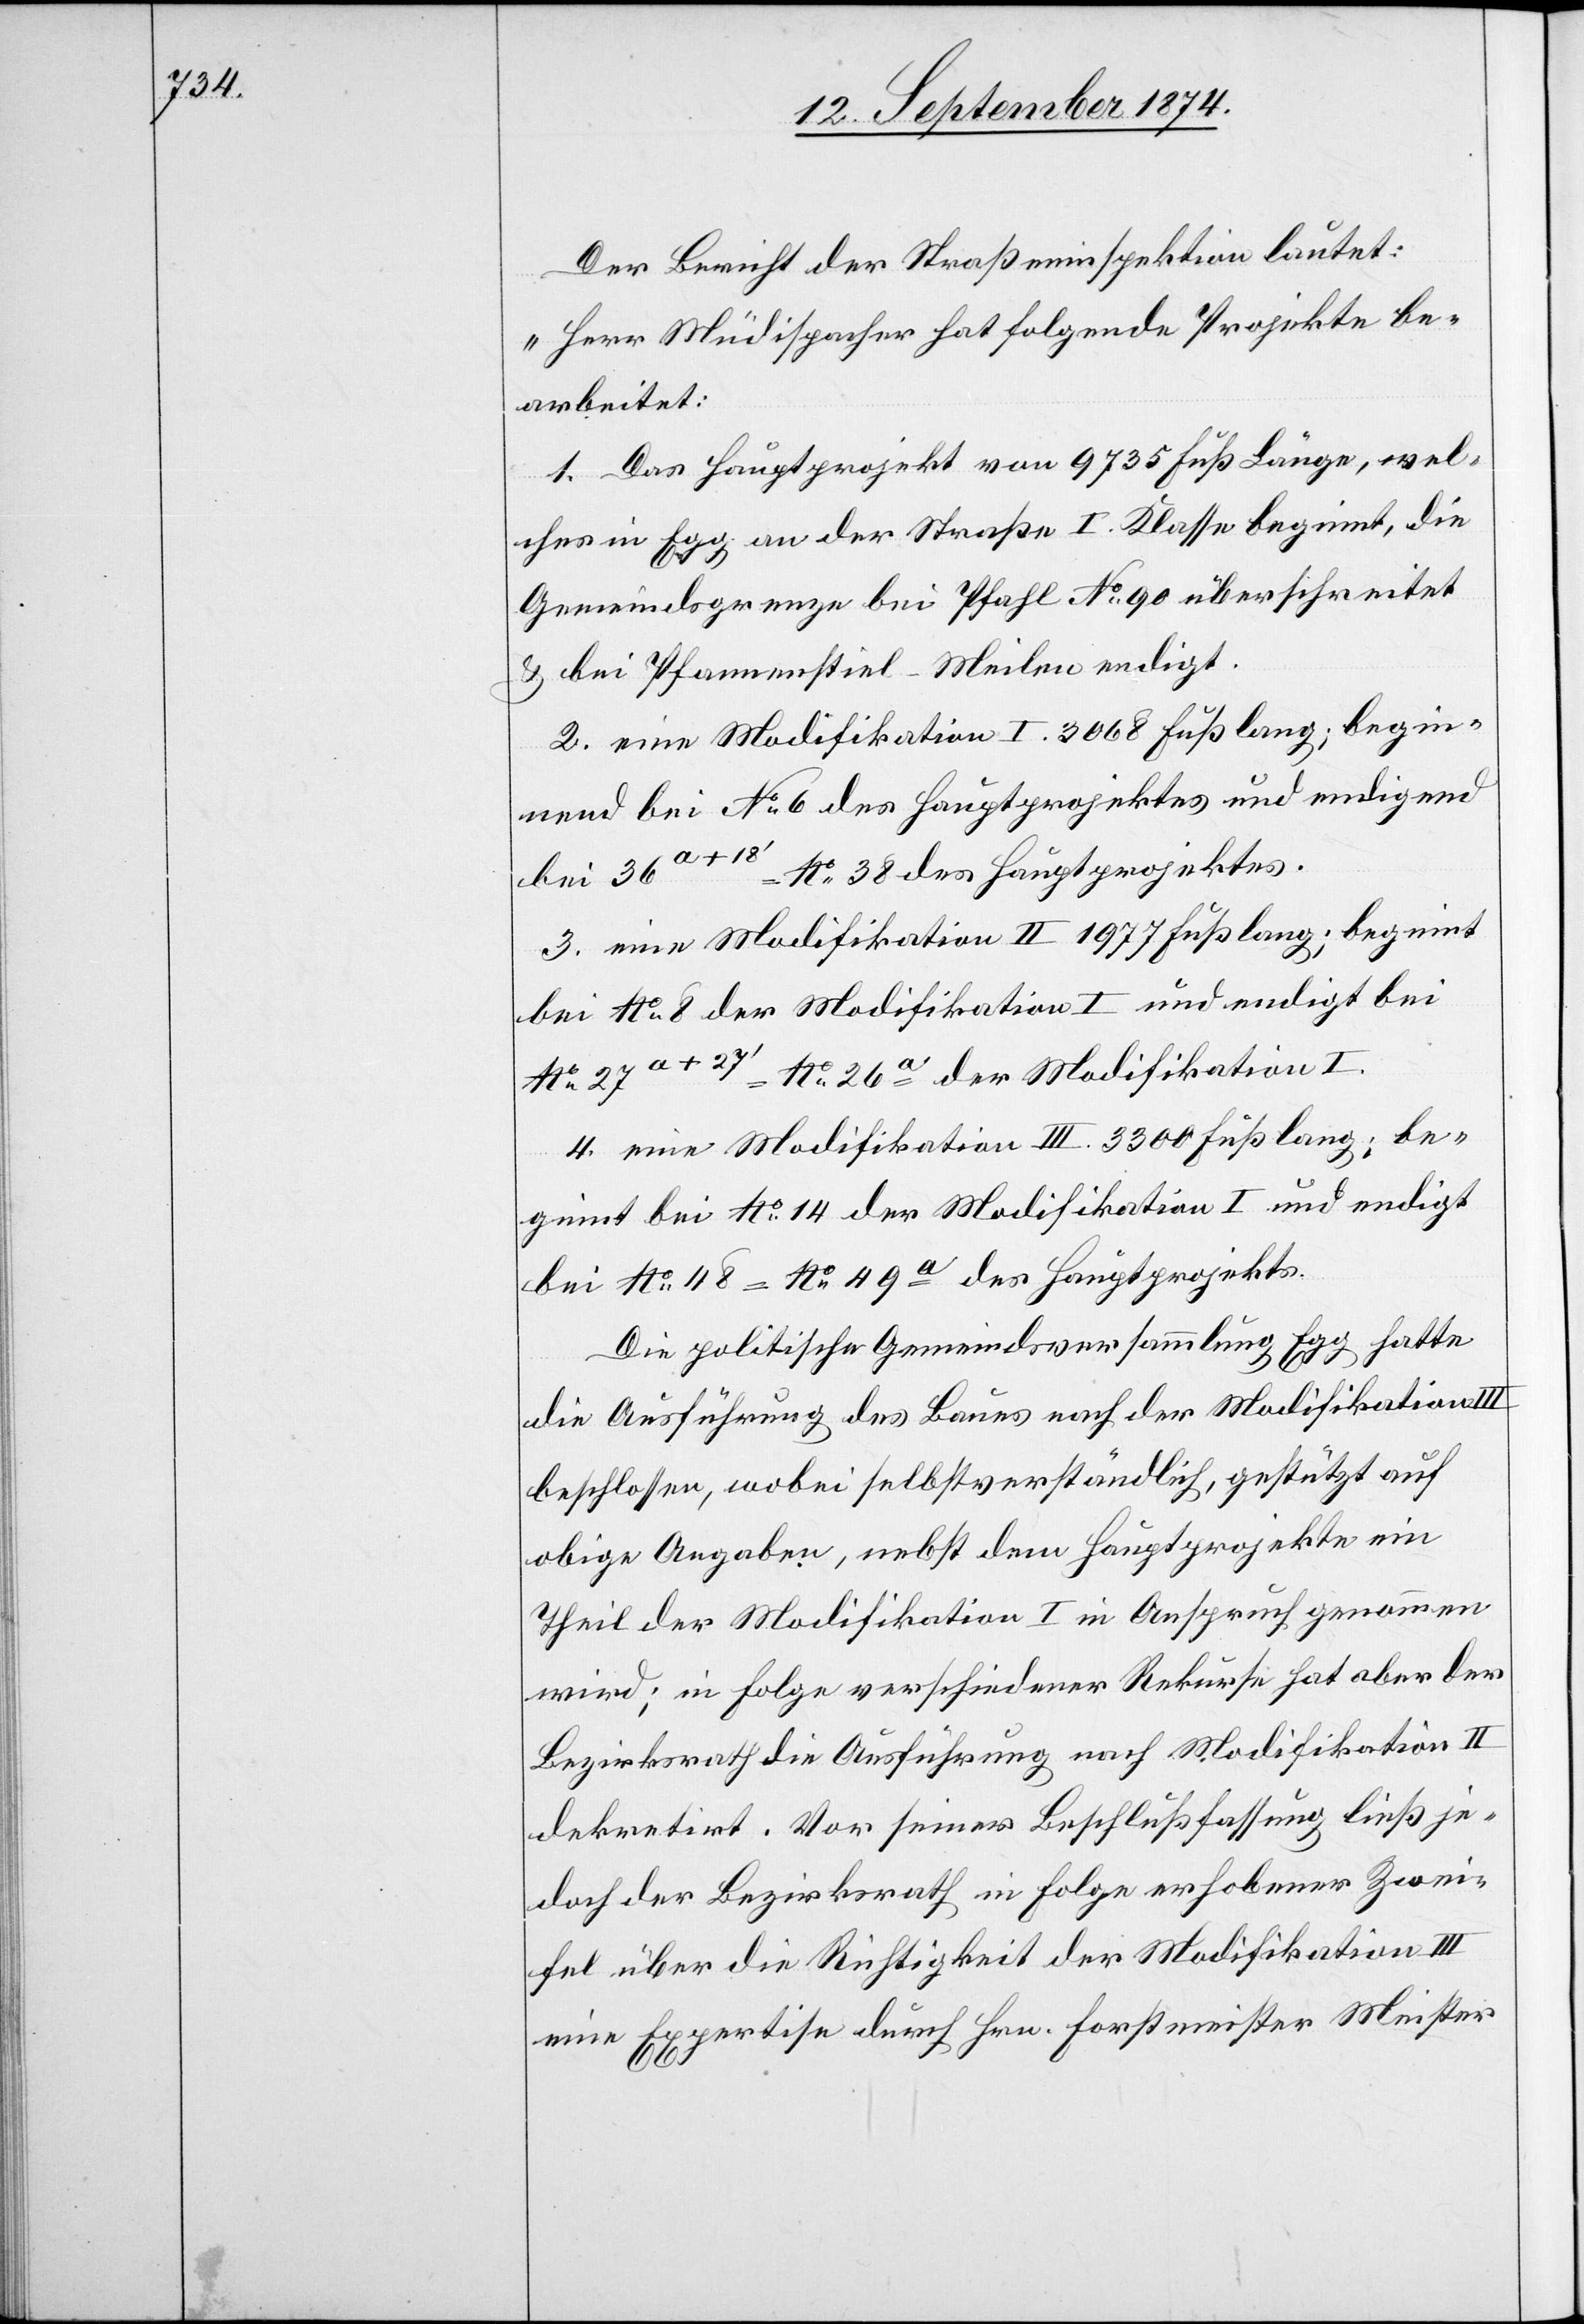
Der Bericht der Straßeninspektion lautet:
„Herr Müdispacher hat folgende Projekte be¬
arbeitet:
1. Das Hauptprojekt von 9735 Fuß Länge, wel¬
ches in Egg an der Straße I. Klasse beginnt, die
Gemeindsgrenze bei Pfahl No 90 überschreitet
& bei Pfannenstiel - Meilen endigt.
2. eine Modifikation I. 3068 Fuß lang; begin¬
nend bei No 6 des Hauptprojektes und endigend
bei 361 + 18‘ = No 38 des Hauptprojektes.
3. eine Modifikation II 1977 Fuß lang; beginnt
bei No 8 der Modifikation I und endigt bei
No 27a + 27‘ =No 26a der Modifikation I.
4. eine Modifikation III. 3300 Fuß lang; be¬
ginnt bei No 14 der Modifikation I und endigt
bei No 48 = No 49a des Hauptprojekts.
Die politische Gemeindsversammlung Egg hatte
die Ausführung des Baues nach der Modifikation
beschlossen, wobei selbstverständlich, gestützt auf
obige Angabe, nebst dem Hauptprojekte ein
Theil der Modifikation I in Anspruch genommen
wird; in Folge verschiedener Rekurse hat aber der
Bezirksrath die Ausführung nach Modifikation II
dekretirt. Vor seiner Beschlußfassung ließ je¬
doch der Bezirksrath in Folge erhobener Zwei¬
fel über die Richtigkeit der Modifikation III
eine Expertise durch Hrn. Forstmeister Meister